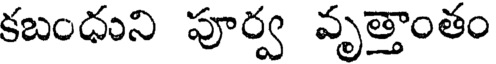
కబంధుని పూర్వ వృత్తాంతం